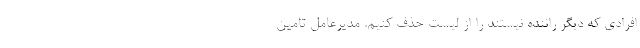
افرادی که دیگر راننده نیستند را از لیست حذف کنیم. مدیرعامل تامین